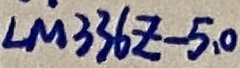
Text: lm336z-5,0